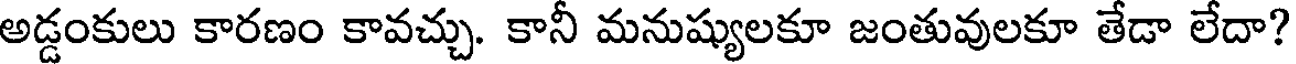
అడ్డంకులు కారణం కావచ్చు. కానీ మనుష్యులకూ జంతువులకూ తేడా లేదా?